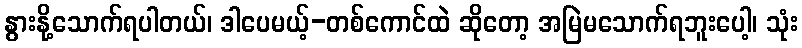
နွားနို့သောက်ရပါတယ်၊ ဒါပေမယ့်-တစ်ကောင်ထဲ ဆိုတော့ အမြဲမသောက်ရဘူးပေါ့၊ သုံး